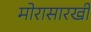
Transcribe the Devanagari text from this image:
मोरासारखी